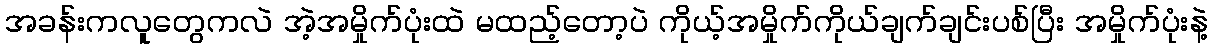
အခန်းကလူတွေကလဲ အဲ့အမှိုက်ပုံးထဲ မထည့်တော့ပဲ ကိုယ့်အမှိုက်ကိုယ်ချက်ချင်းပစ်ပြီး အမှိုက်ပုံးနဲ့